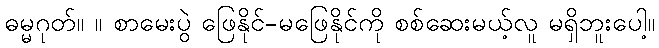
ဓမ္မဂုတ်။ ။ စာမေးပွဲ ဖြေနိုင်-မဖြေနိုင်ကို စစ်ဆေးမယ့်လူ မရှိဘူးပေါ့။